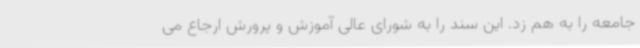
جامعه را به هم زد. این سند را به شورای عالی آموزش و پرورش ارجاع می